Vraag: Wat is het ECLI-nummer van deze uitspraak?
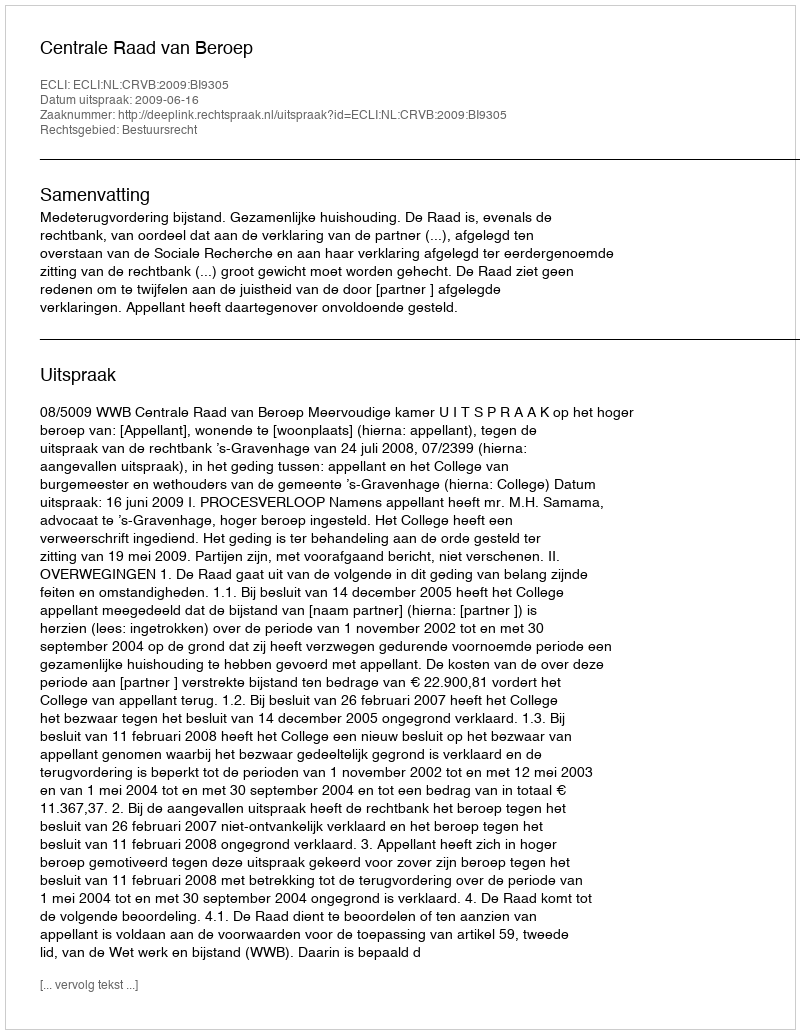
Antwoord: ECLI:NL:CRVB:2009:BI9305